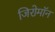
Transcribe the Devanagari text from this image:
जिरोमॉन